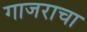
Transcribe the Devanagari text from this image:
गाजराचा